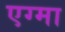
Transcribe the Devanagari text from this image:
एग्मा